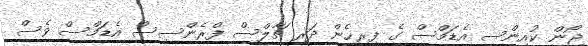
ޖޯން ކުއިންސީ އެޑަމްސް ގެ ފިރިހެން ދަރި ޗާލްސް ފްރެންސިސް އެޑަމްސް ވެސް